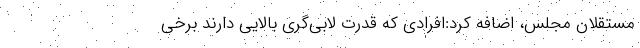
مستقلان مجلس، اضافه کرد:افرادی که قدرت لابی‌گری بالایی دارند برخی